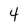
Character: 4